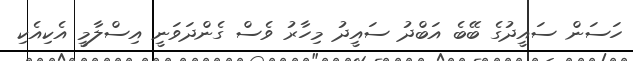
ހަސަން ސައީދުގެ ބޭބެ އަބްދު ސައީދު މިހާރު ވެސް ގެންދަވަނީ އިސްލާމީ އެކިއެކި